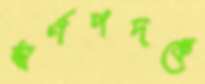
স্বর্ণপদকে